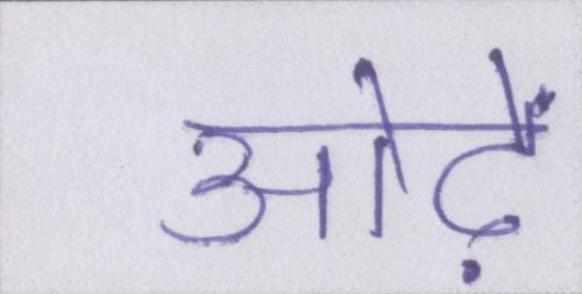
ओढ़ें